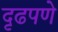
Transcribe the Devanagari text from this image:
दृढपणे